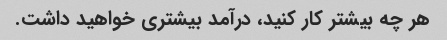
هر چه بیشتر کار کنید، درآمد بیشتری خواهید داشت.